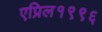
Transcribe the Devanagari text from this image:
एप्रिल१९९६